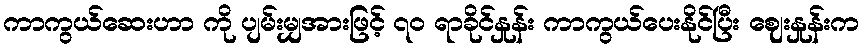
ကာကွယ်ဆေးဟာ ကို ပျမ်းမျှအားဖြင့် ၇၀ ရာခိုင်နှုန်း ကာကွယ်ပေးနိုင်ပြီး ဈေးနှုန်းက